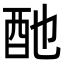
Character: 酏